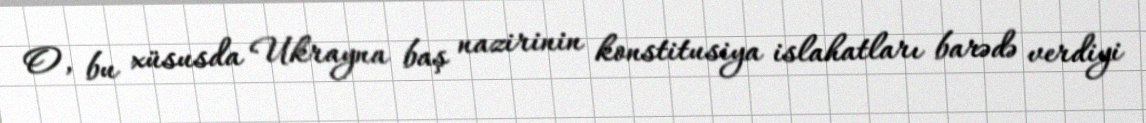
O, bu xüsusda Ukrayna baş nazirinin konstitusiya islahatları barədə verdiyi